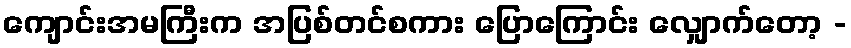
ကျောင်းအမကြီးက အပြစ်တင်စကား ပြောကြောင်း လျှောက်တော့ -